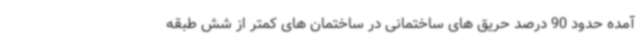
آمده حدود 90 درصد حریق های ساختمانی در ساختمان های کمتر از شش طبقه